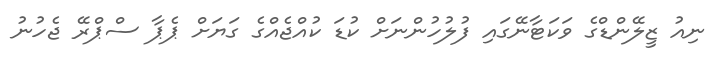
ނިއު ޒީލޭންޑްގެ ވަކަޓާނޭގައި ފުލުހުންނަށް ކުޑަ ކުއްޖެއްގެ ގަޔަށް ޕެޕާ ސްޕްރޭ ޖެހުނު